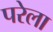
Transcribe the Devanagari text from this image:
परेला